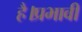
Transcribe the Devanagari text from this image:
है।प्रभावी